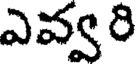
ఎవ్వరి